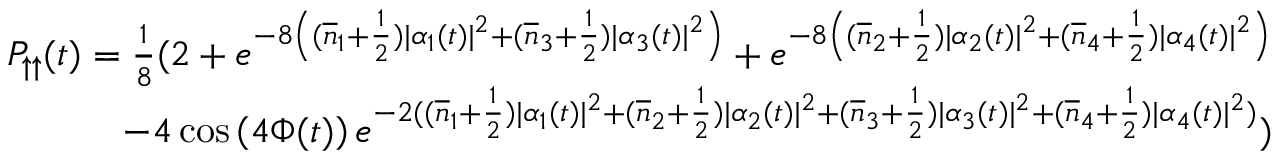
\begin{array} { r } { P _ { \uparrow \uparrow } ( t ) = \frac { 1 } { 8 } ( 2 + e ^ { - 8 \left( ( \overline { { n } } _ { 1 } + \frac { 1 } { 2 } ) | \alpha _ { 1 } ( t ) | ^ { 2 } + ( \overline { { n } } _ { 3 } + \frac { 1 } { 2 } ) | \alpha _ { 3 } ( t ) | ^ { 2 } \right) } + e ^ { - 8 \left( ( \overline { { n } } _ { 2 } + \frac { 1 } { 2 } ) | \alpha _ { 2 } ( t ) | ^ { 2 } + ( \overline { { n } } _ { 4 } + \frac { 1 } { 2 } ) | \alpha _ { 4 } ( t ) | ^ { 2 } \right) } } \\ { - 4 \cos \left( 4 \Phi ( t ) \right) e ^ { - 2 ( ( \overline { { n } } _ { 1 } + \frac { 1 } { 2 } ) | \alpha _ { 1 } ( t ) | ^ { 2 } + ( \overline { { n } } _ { 2 } + \frac { 1 } { 2 } ) | \alpha _ { 2 } ( t ) | ^ { 2 } + ( \overline { { n } } _ { 3 } + \frac { 1 } { 2 } ) | \alpha _ { 3 } ( t ) | ^ { 2 } + ( \overline { { n } } _ { 4 } + \frac { 1 } { 2 } ) | \alpha _ { 4 } ( t ) | ^ { 2 } ) } ) } \end{array}